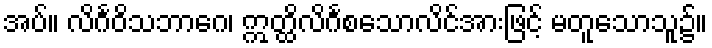
အပ်။ လိင်္ဂဝိသဘာဂေ၊ ဣတ္ထိလိင်္ဂစသောလိင်အားဖြင့် မတူသောသူ၌။